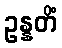
ဥန္နတိံ